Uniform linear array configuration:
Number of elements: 4
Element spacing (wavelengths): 0.5
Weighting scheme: hamming
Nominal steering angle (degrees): -60
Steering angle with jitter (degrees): -59.42
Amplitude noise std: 0.05
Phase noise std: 0.05

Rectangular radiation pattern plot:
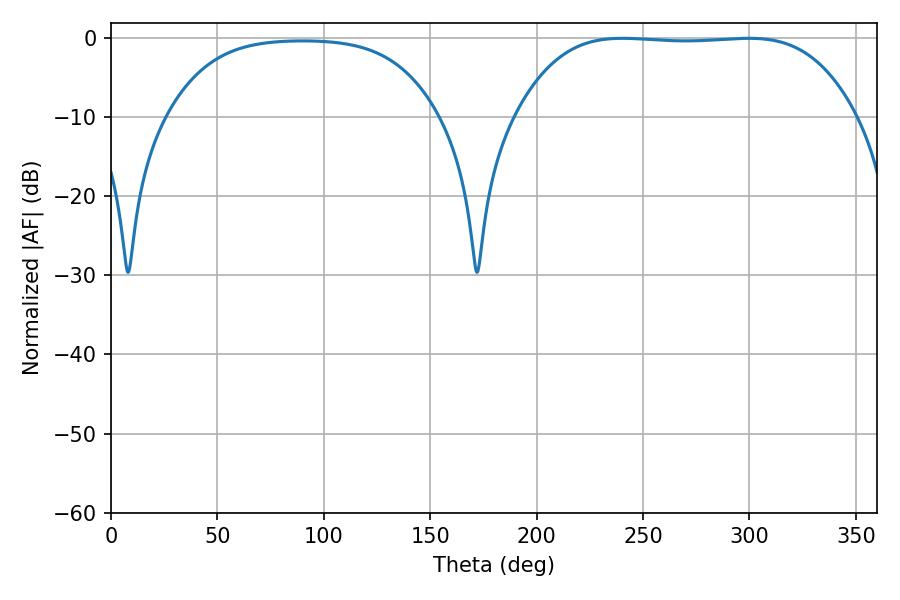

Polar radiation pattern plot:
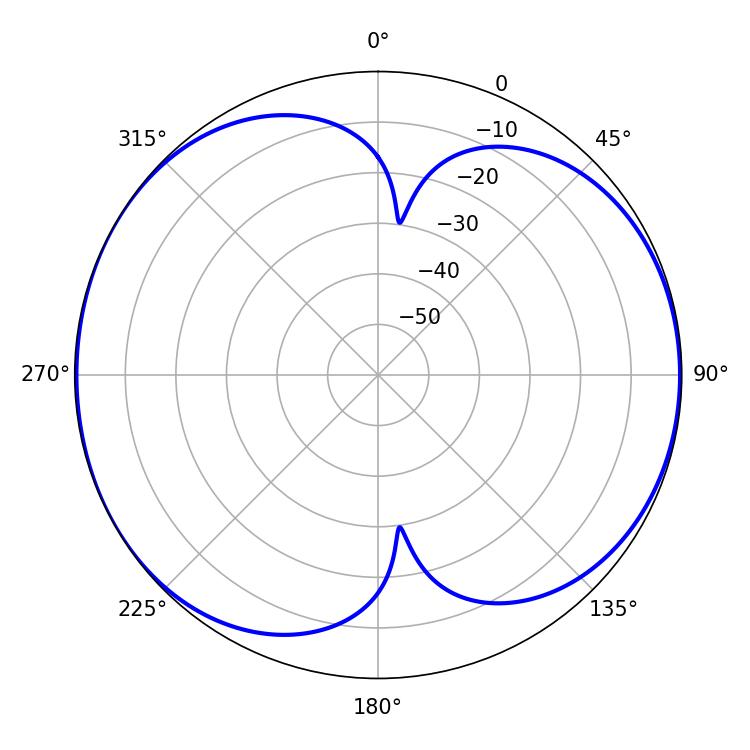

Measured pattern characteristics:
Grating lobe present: FALSE
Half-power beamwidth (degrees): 123.84
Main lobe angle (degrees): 240.3